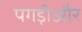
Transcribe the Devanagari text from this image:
पगड़ीऔर